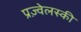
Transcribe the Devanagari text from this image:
प्रज़्वेलस्की